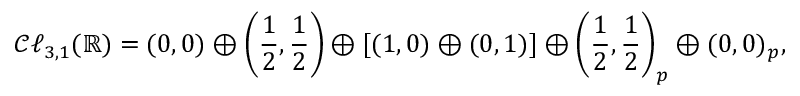
{ \mathcal { C l } } _ { 3 , 1 } ( \mathbb { R } ) = ( 0 , 0 ) \oplus \left( { \frac { 1 } { 2 } } , { \frac { 1 } { 2 } } \right) \oplus [ ( 1 , 0 ) \oplus ( 0 , 1 ) ] \oplus \left( { \frac { 1 } { 2 } } , { \frac { 1 } { 2 } } \right) _ { p } \oplus ( 0 , 0 ) _ { p } ,